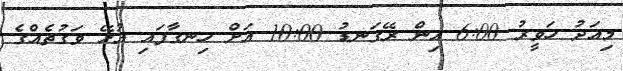
މިއަދު ހަވީރު 6:00 އިން ރޭގަނޑު 10:00 އަށް ހިނގާފައި އުޅޭ ވަގުތެއްގެ